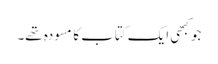
جو کبھی ایک کتاب کا مسودہ تھے۔